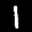
Label: 1